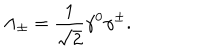
\Lambda _ { \pm } = \frac { 1 } { \sqrt { 2 } } \gamma ^ { 0 } \gamma ^ { \pm } .